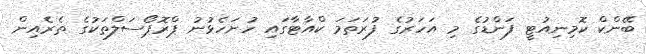
ބޭންކް ކޮމިނިއުޓީ ފަންޑުގެ މި އަހަރުގެ ފުރަތަމަ ކްއާޓާގައި ހުށަހެޅުނު ޕްރޮޕޯސަލްތަކުގެ ތެރެއިން